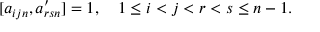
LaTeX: [ a _ { i j n } , a _ { r s n } ^ { \prime } ] = 1 , \quad 1 \le i < j < r < s \le n - 1 .